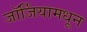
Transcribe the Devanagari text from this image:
जॉर्जियामधून